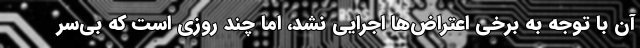
آن با توجه به برخی اعتراض‌ها اجرایی نشد، اما چند روزی است که بی‌سر